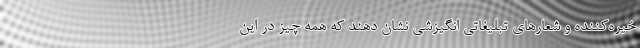
خیره‌کننده و شعارهای تبلیغاتی انگیزشی نشان دهند که همه چیز در این